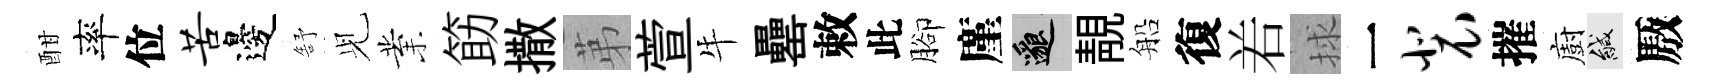
酣率位苦邊舒𫤗業筯撒苐萱牛罍敕此腳廑邈靚船復𠰥捄一裴摧廚緘厫